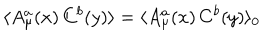
\langle A _ { \mu } ^ { a } ( x ) \, C ^ { b } ( y ) \rangle = \langle A _ { \mu } ^ { a } ( x ) \, C ^ { b } ( y ) \rangle _ { 0 }